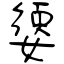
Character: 嬃